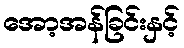
အော့အန်ခြင်းနှင့်